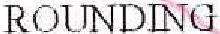
ROUNDING